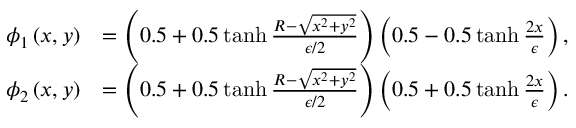
\begin{array} { r l } { \phi _ { 1 } \left( x , y \right) } & { = \left( 0 . 5 + 0 . 5 \operatorname { t a n h } \frac { R - \sqrt { x ^ { 2 } + y ^ { 2 } } } { \epsilon / 2 } \right) \left( 0 . 5 - 0 . 5 \operatorname { t a n h } \frac { 2 x } { \epsilon } \right) , } \\ { \phi _ { 2 } \left( x , y \right) } & { = \left( 0 . 5 + 0 . 5 \operatorname { t a n h } \frac { R - \sqrt { x ^ { 2 } + y ^ { 2 } } } { \epsilon / 2 } \right) \left( 0 . 5 + 0 . 5 \operatorname { t a n h } \frac { 2 x } { \epsilon } \right) . } \end{array}